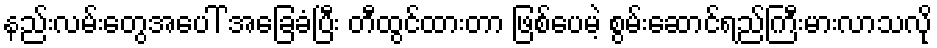
နည်းလမ်းတွေအပေါ် အခြေခံပြီး တီထွင်ထားတာ ဖြစ်ပေမဲ့ စွမ်းဆောင်ရည်ကြီးမားလာသလို